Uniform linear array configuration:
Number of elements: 48
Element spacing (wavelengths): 0.75
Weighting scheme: exponential
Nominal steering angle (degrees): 30
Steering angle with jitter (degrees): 30.297
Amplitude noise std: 0.05
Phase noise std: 0.05

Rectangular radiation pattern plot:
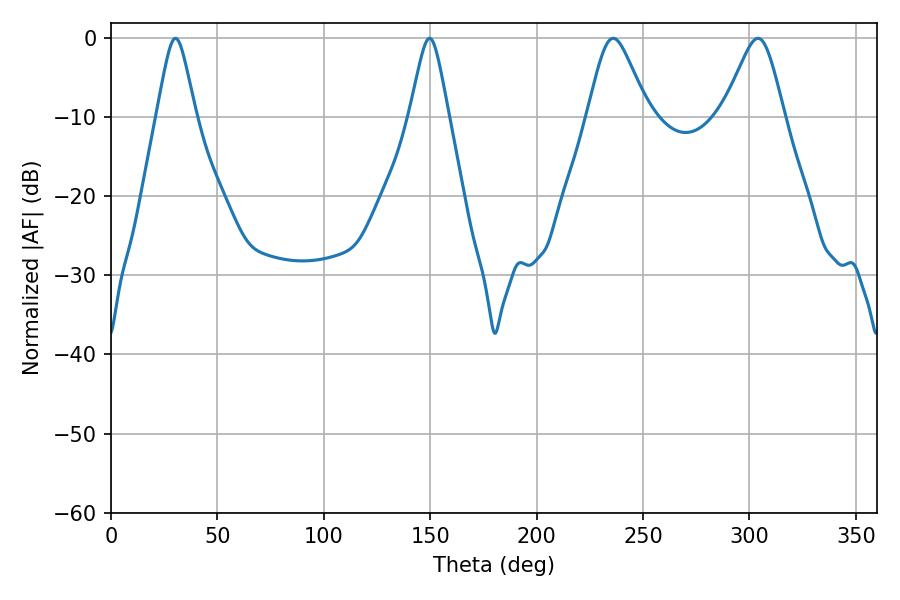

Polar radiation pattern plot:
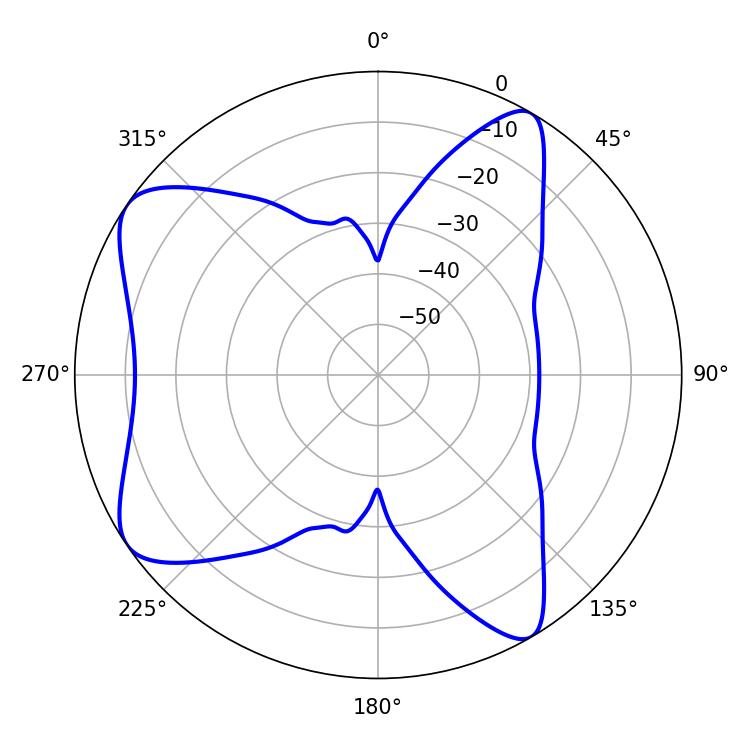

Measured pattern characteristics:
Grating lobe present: TRUE
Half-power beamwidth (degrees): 13.86
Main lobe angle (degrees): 235.98